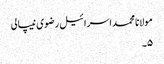
مولانا محمد اسرائیل رضوی نیپالی
۵۔